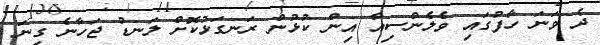
ދެ ވަނަ ހާފުގައި ވެލެންސިއާ އިން ކުޅުން ރަނގަޅުކޮށް ލަނޑު ޖަހާނެ ގިނަ